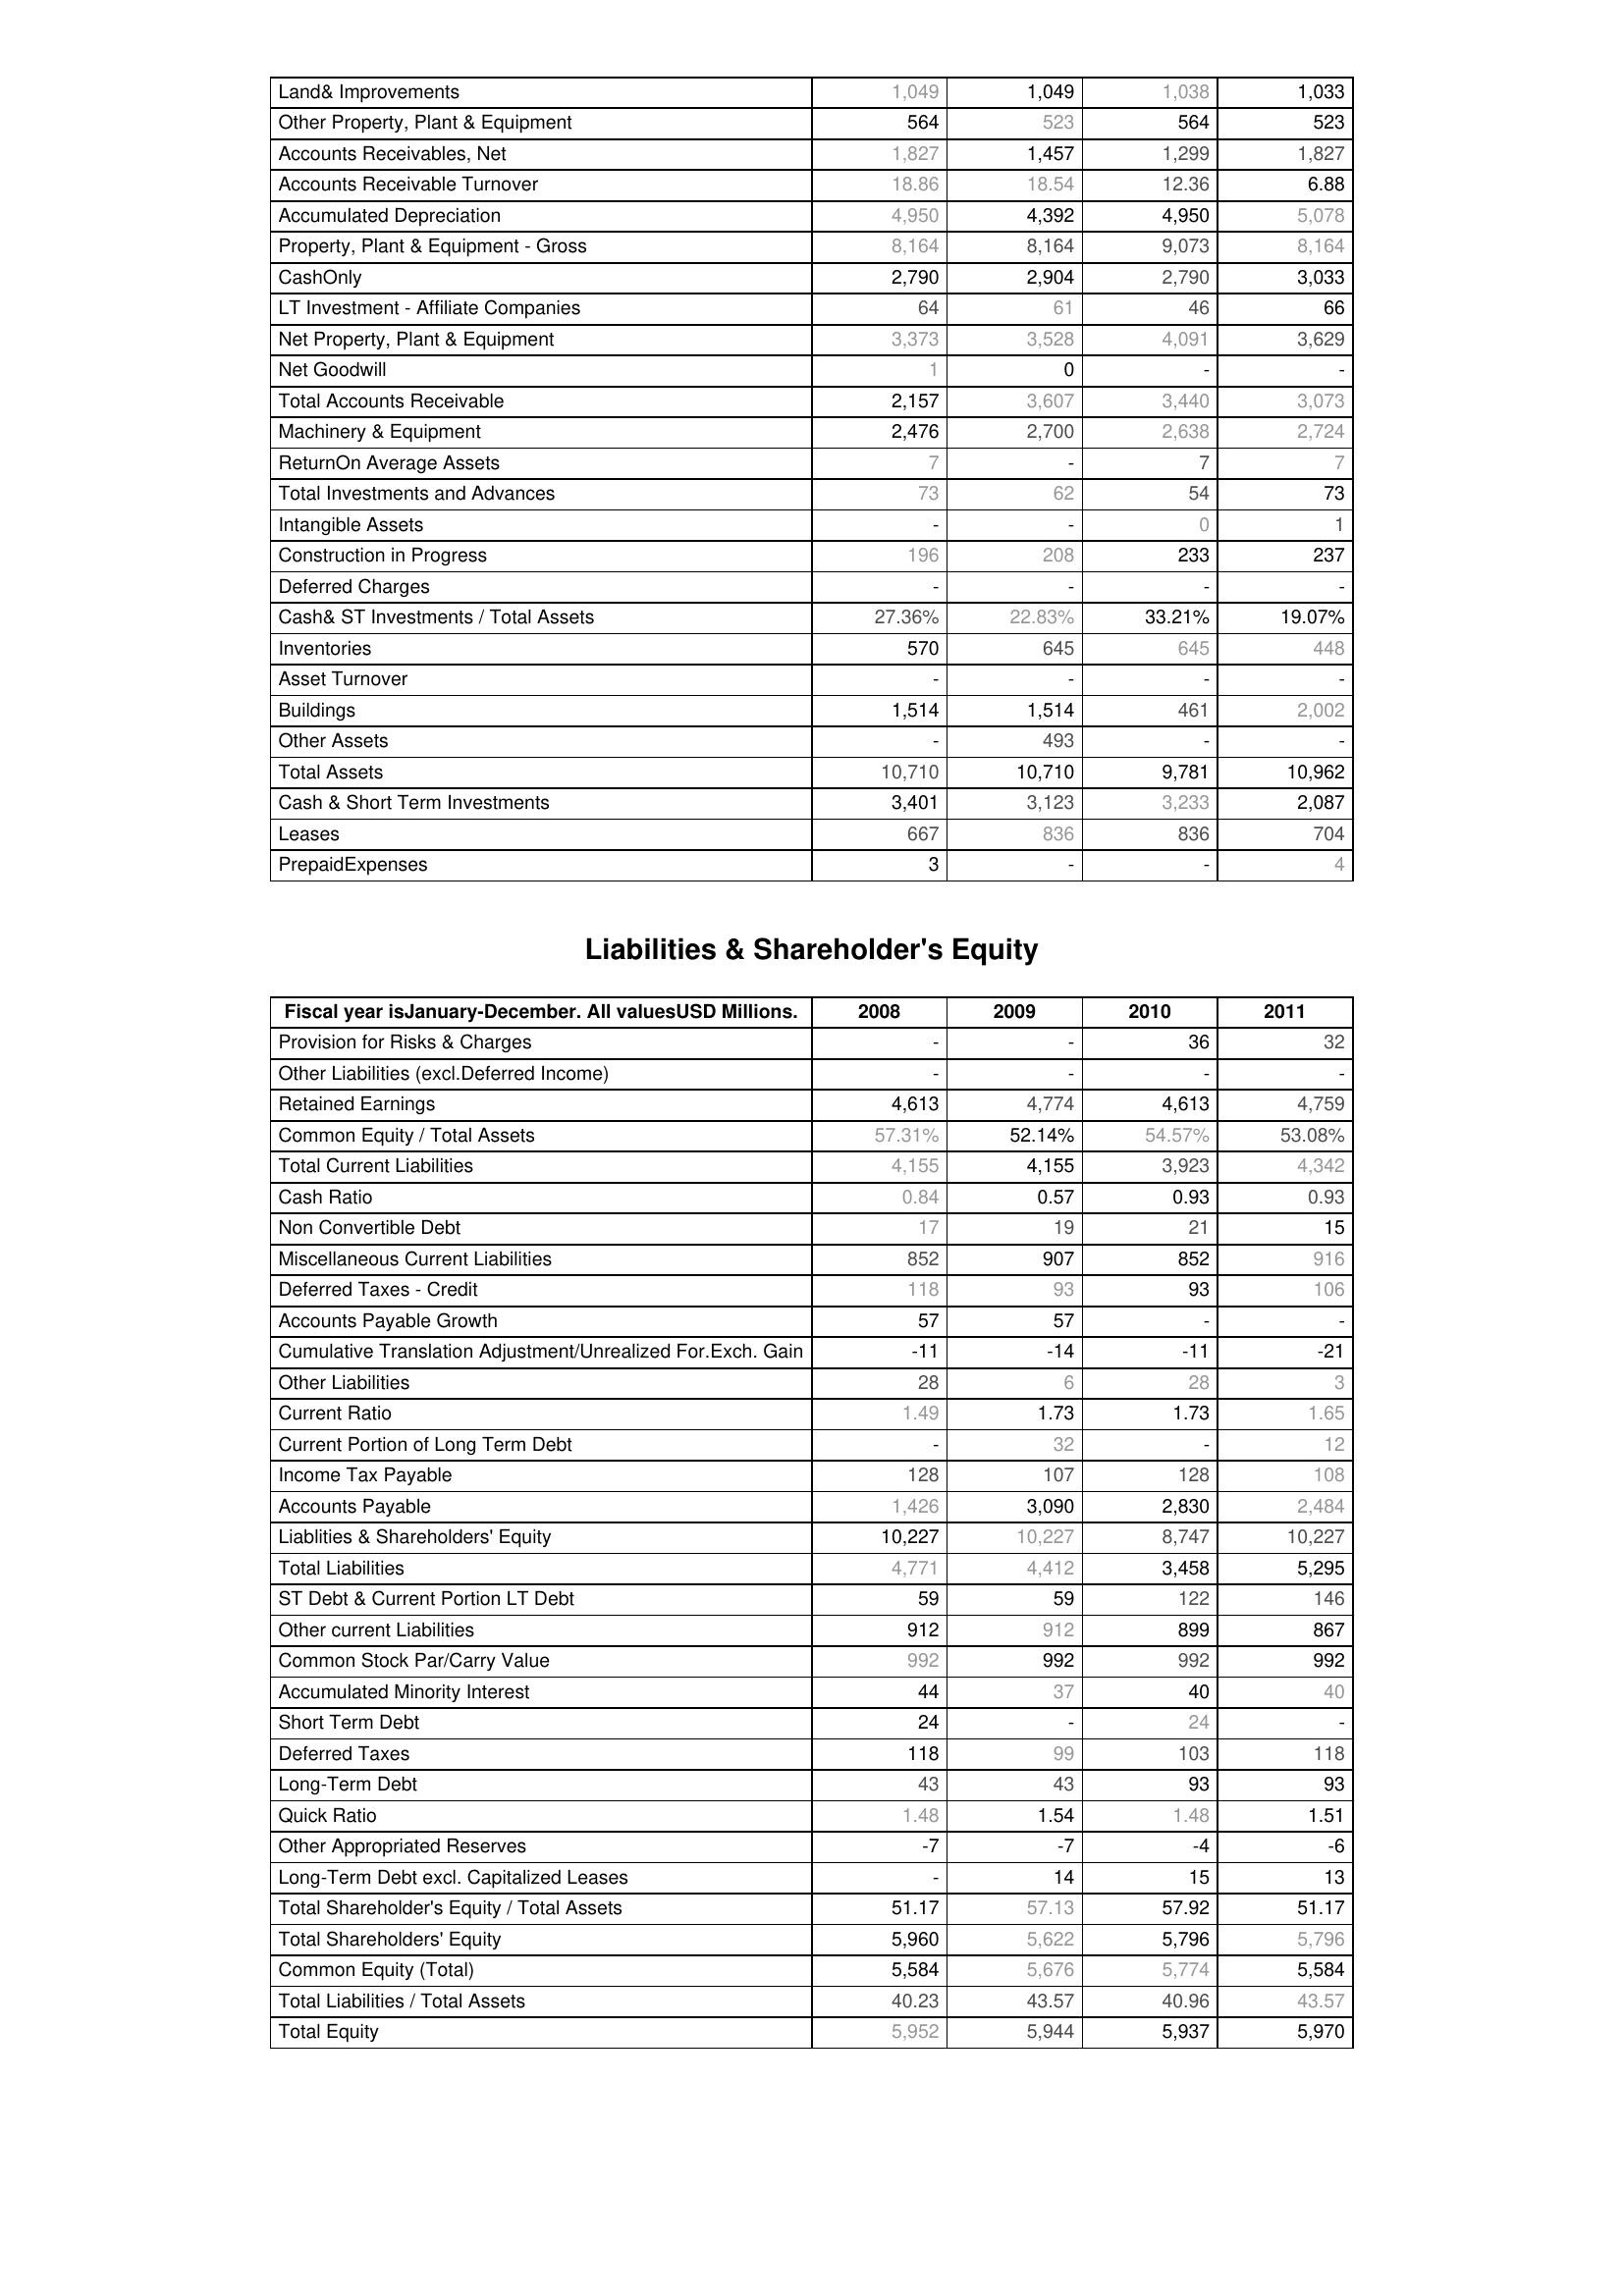
2008: Assets: Land& Improvements: 1,049
Other Property, Plant & Equipment: 564
Accounts Receivables, Net: 1,827
Accounts Receivable Turnover: 18.86
Accumulated Depreciation: 4,950
Property, Plant & Equipment - Gross : 8,164
CashOnly: 2,790
LT Investment - Affiliate Companies: 64
Net Property, Plant & Equipment: 3,373
Net Goodwill: 1
Total Accounts Receivable: 2,157
Machinery & Equipment: 2,476
ReturnOn Average Assets: 7
Total Investments and Advances: 73
Intangible Assets: -
Construction in Progress: 196
Deferred Charges: -
Cash& ST Investments / Total Assets: 27.36%
Inventories: 570
Asset Turnover: -
Buildings: 1,514
Other Assets: -
Total Assets: 10,710
Cash & Short Term Investments: 3,401
Leases: 667
PrepaidExpenses: 3
Liabilities & Shareholder's Equity: Provision for Risks & Charges: -
Other Liabilities (excl.Deferred Income): -
Retained Earnings: 4,613
Common Equity / Total Assets: 57.31%
Total Current Liabilities: 4,155
Cash Ratio: 0.84
Non Convertible Debt: 17
Miscellaneous Current Liabilities: 852
Deferred Taxes - Credit: 118
Accounts Payable Growth: 57
Cumulative Translation Adjustment/Unrealized For.Exch. Gain: -11
Other Liabilities: 28
Current Ratio: 1.49
Current Portion of Long Term Debt: -
Income Tax Payable: 128
Accounts Payable: 1,426
Liablities & Shareholders' Equity: 10,227
Total Liabilities: 4,771
ST Debt & Current Portion LT Debt: 59
Other current Liabilities: 912
Common Stock Par/Carry Value: 992
Accumulated Minority Interest: 44
Short Term Debt: 24
Deferred Taxes: 118
Long-Term Debt: 43
Quick Ratio: 1.48
Other Appropriated Reserves: -7
Long-Term Debt excl. Capitalized Leases: -
Total Shareholder's Equity / Total Assets: 51.17
Total Shareholders' Equity: 5,960
Common Equity (Total): 5,584
Total Liabilities / Total Assets: 40.23
Total Equity: 5,952
2009: Assets: Land& Improvements: 1,049
Other Property, Plant & Equipment: 523
Accounts Receivables, Net: 1,457
Accounts Receivable Turnover: 18.54
Accumulated Depreciation: 4,392
Property, Plant & Equipment - Gross : 8,164
CashOnly: 2,904
LT Investment - Affiliate Companies: 61
Net Property, Plant & Equipment: 3,528
Net Goodwill: 0
Total Accounts Receivable: 3,607
Machinery & Equipment: 2,700
ReturnOn Average Assets: -
Total Investments and Advances: 62
Intangible Assets: -
Construction in Progress: 208
Deferred Charges: -
Cash& ST Investments / Total Assets: 22.83%
Inventories: 645
Asset Turnover: -
Buildings: 1,514
Other Assets: 493
Total Assets: 10,710
Cash & Short Term Investments: 3,123
Leases: 836
PrepaidExpenses: -
Liabilities & Shareholder's Equity: Provision for Risks & Charges: -
Other Liabilities (excl.Deferred Income): -
Retained Earnings: 4,774
Common Equity / Total Assets: 52.14%
Total Current Liabilities: 4,155
Cash Ratio: 0.57
Non Convertible Debt: 19
Miscellaneous Current Liabilities: 907
Deferred Taxes - Credit: 93
Accounts Payable Growth: 57
Cumulative Translation Adjustment/Unrealized For.Exch. Gain: -14
Other Liabilities: 6
Current Ratio: 1.73
Current Portion of Long Term Debt: 32
Income Tax Payable: 107
Accounts Payable: 3,090
Liablities & Shareholders' Equity: 10,227
Total Liabilities: 4,412
ST Debt & Current Portion LT Debt: 59
Other current Liabilities: 912
Common Stock Par/Carry Value: 992
Accumulated Minority Interest: 37
Short Term Debt: -
Deferred Taxes: 99
Long-Term Debt: 43
Quick Ratio: 1.54
Other Appropriated Reserves: -7
Long-Term Debt excl. Capitalized Leases: 14
Total Shareholder's Equity / Total Assets: 57.13
Total Shareholders' Equity: 5,622
Common Equity (Total): 5,676
Total Liabilities / Total Assets: 43.57
Total Equity: 5,944
2010: Assets: Land& Improvements: 1,038
Other Property, Plant & Equipment: 564
Accounts Receivables, Net: 1,299
Accounts Receivable Turnover: 12.36
Accumulated Depreciation: 4,950
Property, Plant & Equipment - Gross : 9,073
CashOnly: 2,790
LT Investment - Affiliate Companies: 46
Net Property, Plant & Equipment: 4,091
Net Goodwill: -
Total Accounts Receivable: 3,440
Machinery & Equipment: 2,638
ReturnOn Average Assets: 7
Total Investments and Advances: 54
Intangible Assets: 0
Construction in Progress: 233
Deferred Charges: -
Cash& ST Investments / Total Assets: 33.21%
Inventories: 645
Asset Turnover: -
Buildings: 461
Other Assets: -
Total Assets: 9,781
Cash & Short Term Investments: 3,233
Leases: 836
PrepaidExpenses: -
Liabilities & Shareholder's Equity: Provision for Risks & Charges: 36
Other Liabilities (excl.Deferred Income): -
Retained Earnings: 4,613
Common Equity / Total Assets: 54.57%
Total Current Liabilities: 3,923
Cash Ratio: 0.93
Non Convertible Debt: 21
Miscellaneous Current Liabilities: 852
Deferred Taxes - Credit: 93
Accounts Payable Growth: -
Cumulative Translation Adjustment/Unrealized For.Exch. Gain: -11
Other Liabilities: 28
Current Ratio: 1.73
Current Portion of Long Term Debt: -
Income Tax Payable: 128
Accounts Payable: 2,830
Liablities & Shareholders' Equity: 8,747
Total Liabilities: 3,458
ST Debt & Current Portion LT Debt: 122
Other current Liabilities: 899
Common Stock Par/Carry Value: 992
Accumulated Minority Interest: 40
Short Term Debt: 24
Deferred Taxes: 103
Long-Term Debt: 93
Quick Ratio: 1.48
Other Appropriated Reserves: -4
Long-Term Debt excl. Capitalized Leases: 15
Total Shareholder's Equity / Total Assets: 57.92
Total Shareholders' Equity: 5,796
Common Equity (Total): 5,774
Total Liabilities / Total Assets: 40.96
Total Equity: 5,937
2011: Assets: Land& Improvements: 1,033
Other Property, Plant & Equipment: 523
Accounts Receivables, Net: 1,827
Accounts Receivable Turnover: 6.88
Accumulated Depreciation: 5,078
Property, Plant & Equipment - Gross : 8,164
CashOnly: 3,033
LT Investment - Affiliate Companies: 66
Net Property, Plant & Equipment: 3,629
Net Goodwill: -
Total Accounts Receivable: 3,073
Machinery & Equipment: 2,724
ReturnOn Average Assets: 7
Total Investments and Advances: 73
Intangible Assets: 1
Construction in Progress: 237
Deferred Charges: -
Cash& ST Investments / Total Assets: 19.07%
Inventories: 448
Asset Turnover: -
Buildings: 2,002
Other Assets: -
Total Assets: 10,962
Cash & Short Term Investments: 2,087
Leases: 704
PrepaidExpenses: 4
Liabilities & Shareholder's Equity: Provision for Risks & Charges: 32
Other Liabilities (excl.Deferred Income): -
Retained Earnings: 4,759
Common Equity / Total Assets: 53.08%
Total Current Liabilities: 4,342
Cash Ratio: 0.93
Non Convertible Debt: 15
Miscellaneous Current Liabilities: 916
Deferred Taxes - Credit: 106
Accounts Payable Growth: -
Cumulative Translation Adjustment/Unrealized For.Exch. Gain: -21
Other Liabilities: 3
Current Ratio: 1.65
Current Portion of Long Term Debt: 12
Income Tax Payable: 108
Accounts Payable: 2,484
Liablities & Shareholders' Equity: 10,227
Total Liabilities: 5,295
ST Debt & Current Portion LT Debt: 146
Other current Liabilities: 867
Common Stock Par/Carry Value: 992
Accumulated Minority Interest: 40
Short Term Debt: -
Deferred Taxes: 118
Long-Term Debt: 93
Quick Ratio: 1.51
Other Appropriated Reserves: -6
Long-Term Debt excl. Capitalized Leases: 13
Total Shareholder's Equity / Total Assets: 51.17
Total Shareholders' Equity: 5,796
Common Equity (Total): 5,584
Total Liabilities / Total Assets: 43.57
Total Equity: 5,970